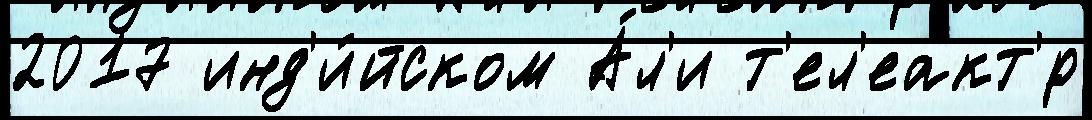
2017 инд'и́йском А́л'и т'ел'еакт'́р